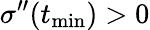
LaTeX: \sigma^{\prime\prime}(t_{\mathrm{min}})>0